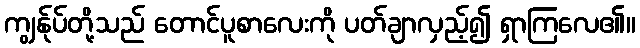
ကျွန်ုပ်တို့သည် တောင်ပူစာလေးကို ပတ်ချာလှည့်၍ ရှာကြလေ၏။